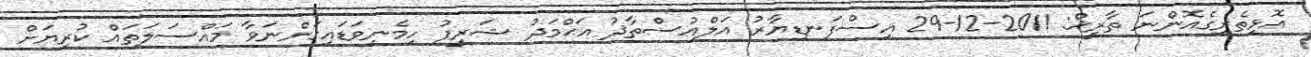
އޮޅިތެރިގެއޮންނަ ތާރީޚް: 2011-12-29 އިސްފަނޑިޔާރު އަލްއުސްތާޛު އަޙްމަދު ޝަރީފު ހިމެނިވަޑައިގަންނަވާ މައްސަލަތައް ކުރިޔަށް